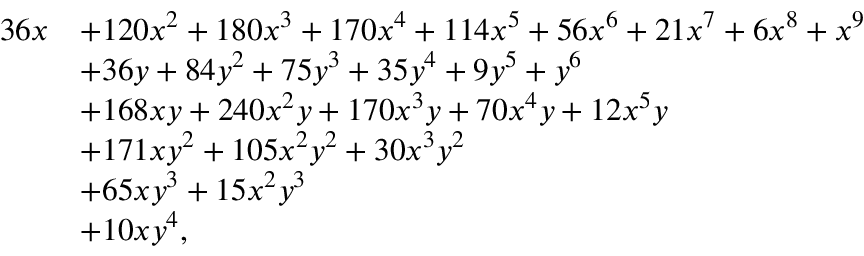
{ \begin{array} { r l } { 3 6 x } & { + 1 2 0 x ^ { 2 } + 1 8 0 x ^ { 3 } + 1 7 0 x ^ { 4 } + 1 1 4 x ^ { 5 } + 5 6 x ^ { 6 } + 2 1 x ^ { 7 } + 6 x ^ { 8 } + x ^ { 9 } } \\ & { + 3 6 y + 8 4 y ^ { 2 } + 7 5 y ^ { 3 } + 3 5 y ^ { 4 } + 9 y ^ { 5 } + y ^ { 6 } } \\ & { + 1 6 8 x y + 2 4 0 x ^ { 2 } y + 1 7 0 x ^ { 3 } y + 7 0 x ^ { 4 } y + 1 2 x ^ { 5 } y } \\ & { + 1 7 1 x y ^ { 2 } + 1 0 5 x ^ { 2 } y ^ { 2 } + 3 0 x ^ { 3 } y ^ { 2 } } \\ & { + 6 5 x y ^ { 3 } + 1 5 x ^ { 2 } y ^ { 3 } } \\ & { + 1 0 x y ^ { 4 } , } \end{array} }